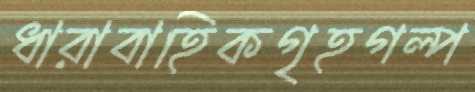
ধারাবাহিকগৃহগল্প